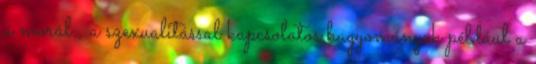
a morál , a szexualitással kapcsolatos hagyományok például a